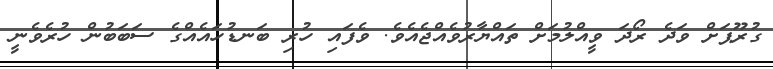
ގުރޫޕަށް ވަދެ ރޯދަ ވީއްލުމަށް ތައްޔާރުވެއްޖެއެވެ. ވެފައި ހުރި ބަނޑުހައެއްްގެ ސަބަބުން ހުރެވެނީ